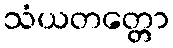
သံယတတ္တော